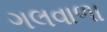
ગલવાળા